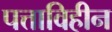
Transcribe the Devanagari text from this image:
पत्ताविहीन